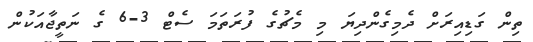
ތިން ގަޑިއިރަށް ދެމިގެންދިޔަ މި މެޗުގެ ފުރަތަމަ ސެޓް 3-6 ގެ ނަތީޖާއަކުން